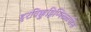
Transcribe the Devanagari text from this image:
इरविक्कुट्टिप्पिळ्ळपोरू